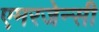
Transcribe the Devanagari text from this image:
एमरजेन्सी